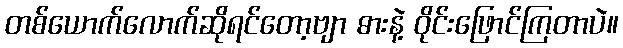
တစ်ယောက်လောက်ဆိုရင်တော့ဗျာ ဓားနဲ့ ဝိုင်းဖြောင်ကြတာပဲ။